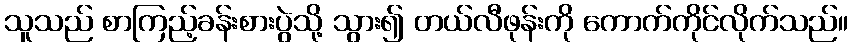
သူသည် စာကြည့်ခန်းစားပွဲသို့ သွား၍ တယ်လီဖုန်းကို ကောက်ကိုင်လိုက်သည်။